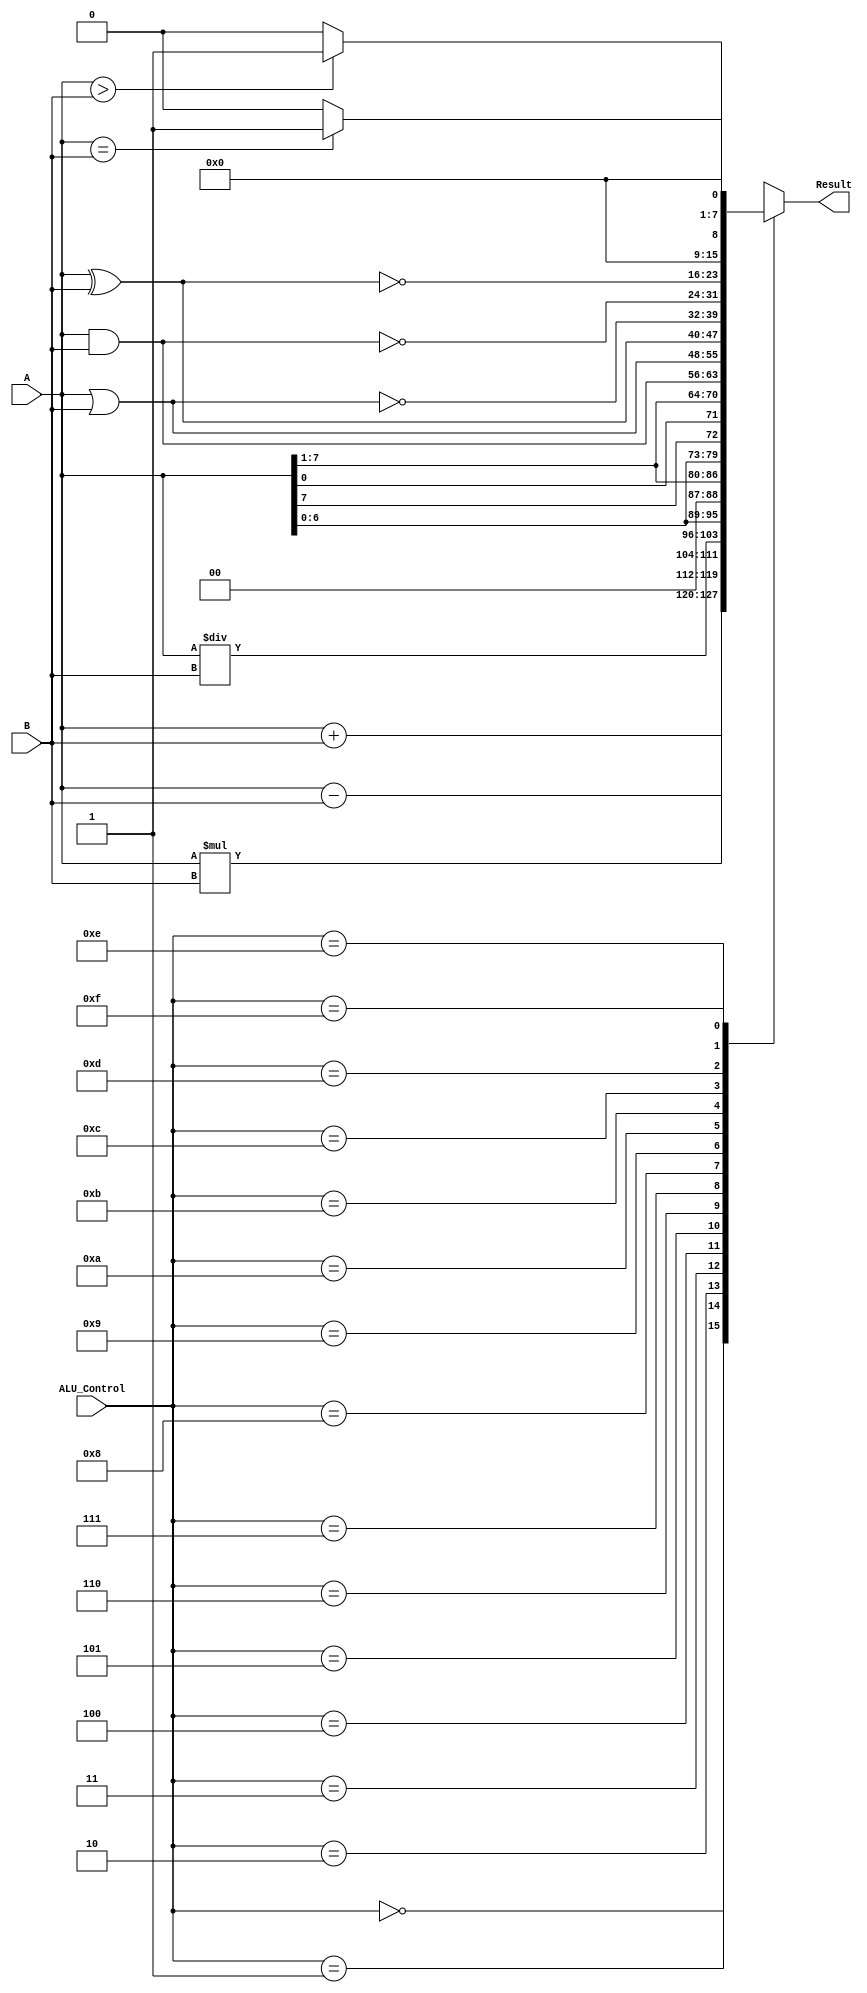
module alu( A,B,ALU_Control,Result);

input[7:0] A,B;
input [3:0] ALU_Control;
output reg [7:0] Result;

always @* begin
  case(ALU_Control)
        4'b0000 : Result = A+B;
        4'b0001 : Result = A-B;
        4'b0010 : Result = A*B;
        4'b0011 : Result = A/B;
        4'b0100 : Result = A<<1;
        4'b0101 : Result = A>>1;
        4'b0110 : Result = {A[6:0],A[7]};
        4'b0111 : Result = {A[0],A[7:1]};
        4'b1000 : Result = A&B;
        4'b1001 : Result = A|B;
        4'b1010 : Result = A^B;
        4'b1011 : Result = ~(A|B);
        4'b1100 : Result = ~(A&B);
        4'b1101 : Result = ~(A^B);
        4'b1110 : Result = (A>B) ? 8'd1 : 8'd0;
        4'b1111 : Result = (A==B) ? 8'd1: 8'd0;
        default: Result = 8'bX;

  endcase 
                 
end

endmodule